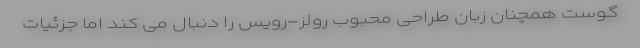
گوست همچنان زبان طراحی محبوب رولز-رویس را دنبال می کند اما جزئیات